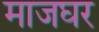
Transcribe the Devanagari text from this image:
माजघर